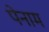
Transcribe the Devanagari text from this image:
पेनाम